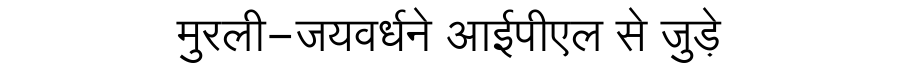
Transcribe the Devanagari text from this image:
मुरली-जयवर्धने आईपीएल से जुड़े